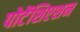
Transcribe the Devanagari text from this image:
पोटेंशिएशन